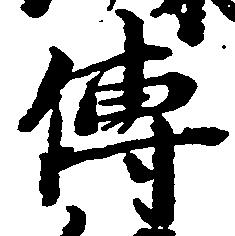
伝